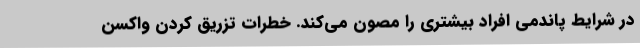
در شرایط پاندمی افراد بیشتری را مصون می‌کند. خطرات تزریق کردن واکسن